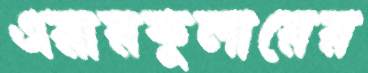
এয়ারকুলারের